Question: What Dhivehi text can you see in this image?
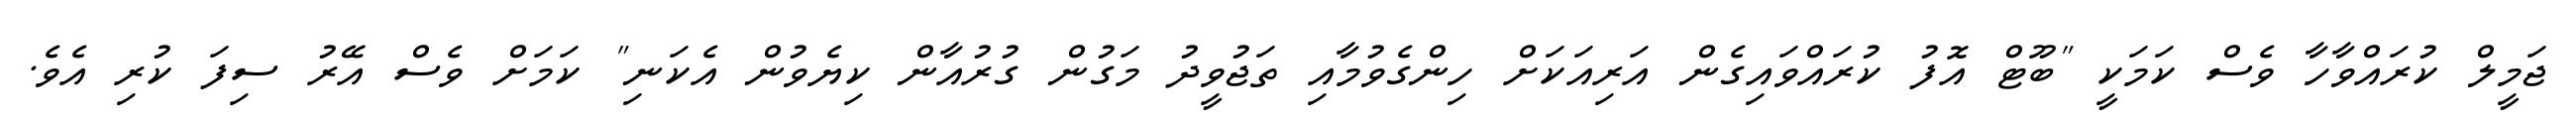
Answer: ޖަމީލް ކުރައްވާހާ ވެސް ކަމަކީ "ބޫޓް އޮފު ކުރައްވައިގެން އަރިއަކަށް ހިންގެވުމާއި ތަޖުވީދު މަގުން ގުރުއާން ކިޔެވުން އެކަނި" ކަމަށް ވެސް އޭރު ސިފަ ކުރި އެވެ.